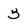
Character: 3